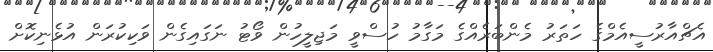
އެޗްއާރުސީއެމްގެ ހަތަރު މެންބަރެއްގެ މަގާމު ހުސްވީ މަޖިލީހުން ވޯޓު ނަގައިގެން ވަކިކުރަން އުޅެނިކޮށް